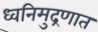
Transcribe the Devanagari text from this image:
ध्वनिमुद्रणात